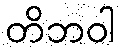
တိဘဝါ